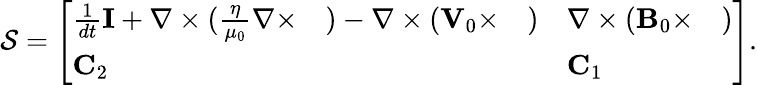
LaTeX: \begin{array}{r}{\mathcal{S}=\left[\begin{array}{ll}{\frac{1}{dt}\mathbf{I}+\nabla\times(\frac{\eta}{\mu_{0}}\nabla\times\quad)-\nabla\times({\mathbf V}_{0}\times\quad)}&{\nabla\times({\mathbf B}_{0}\times\quad)}\\ {\mathbf{C}_{2}}&{\mathbf{C}_{1}}\end{array}\right].}\end{array}